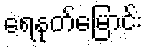
ရေနုတ်မြောင်း